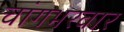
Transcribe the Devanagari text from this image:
चांगभरवार